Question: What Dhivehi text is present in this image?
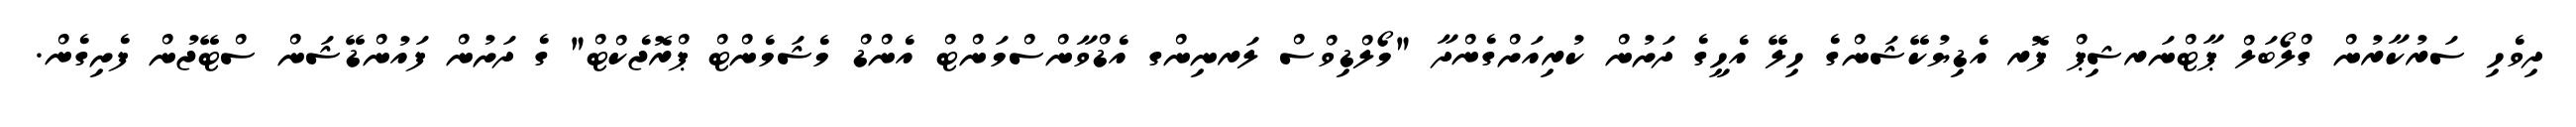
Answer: ދިވެހި ސަރުކާރުން ގްލޯބަލް ޕާޓްނަރޝިޕް ފޮރ އެޑިޔުކޭޝަންގެ ހިލޭ އެހީގެ ދަށުން ކުރިއަށްގެންދާ "މޯލްޑިވްސް ލަރނިންގ އެޑްވާންސްމަންޓް އެންޑް މެޝަމެންޓް ޕްރޮޖެކްޓް" ގެ ދަށުން ފައުންޑޭޝަން ސްޓޭޖުން ފެށިގެން.